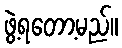
ဖွဲ့ရတော့မည်။